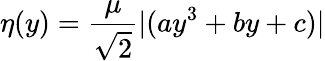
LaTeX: \eta(y)=\frac{\mu}{\sqrt{2}}|(ay^{3}+by+c)|